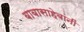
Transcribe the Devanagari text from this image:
बाबासाहेबांनीं